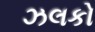
ઝલકો